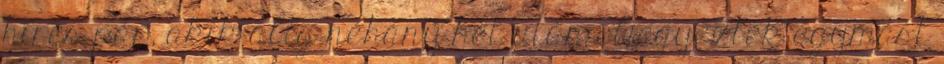
híres pár, akik alig néhány hét után eljegyezték egymást